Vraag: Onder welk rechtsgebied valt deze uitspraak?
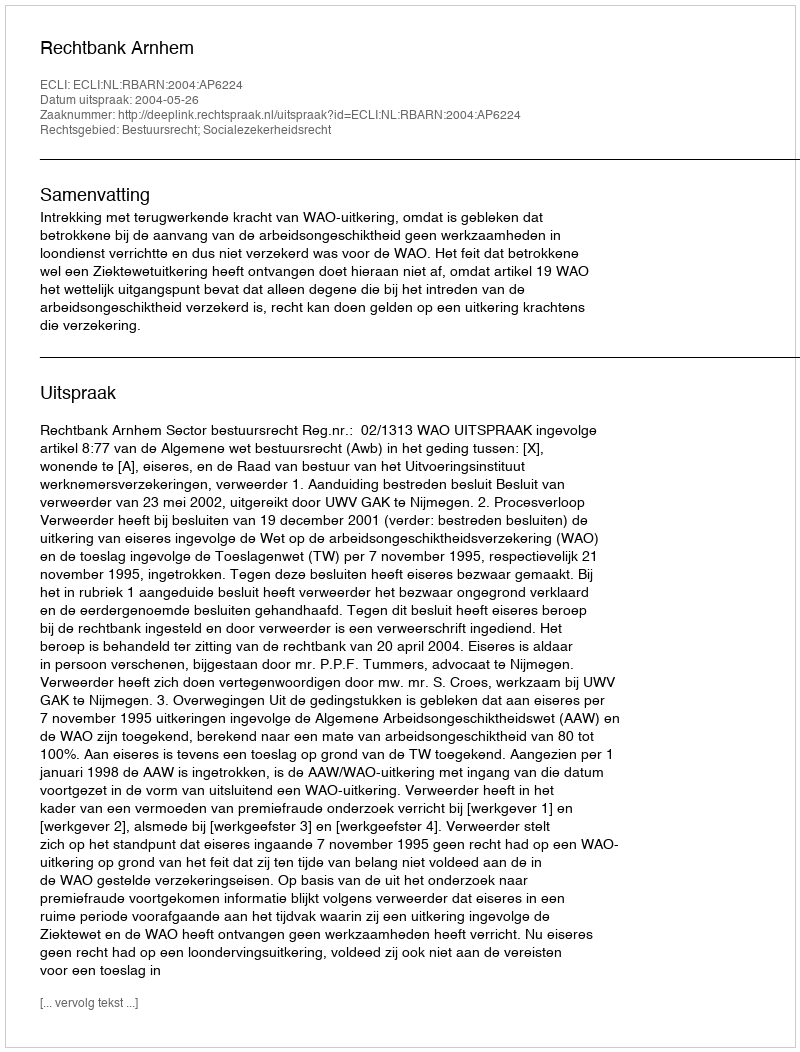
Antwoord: Bestuursrecht; Socialezekerheidsrecht